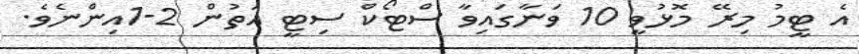
އެ ޓީމު މިރޭ މޮޅުވީ 10 ވަނާގައިވާ ސްޓޯކް ސިޓީ އަތުން 2-1އިންނެވެ.